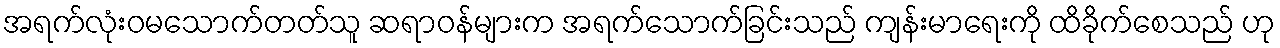
အရက်လုံးဝမသောက်တတ်သူ ဆရာဝန်များက အရက်သောက်ခြင်းသည် ကျန်းမာရေးကို ထိခိုက်စေသည် ဟု